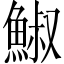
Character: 䱙